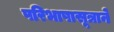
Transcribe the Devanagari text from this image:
परिभाषासूत्राने